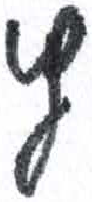
אות: ץ